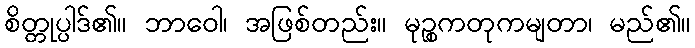
စိတ္တုပ္ပါဒ်၏။ ဘာဝေါ၊ အဖြစ်တည်း။ မုဉ္စကတုကမျတာ၊ မည်၏။